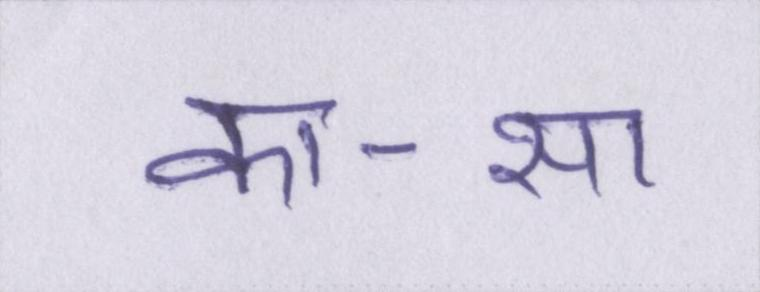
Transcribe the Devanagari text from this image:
का-सा